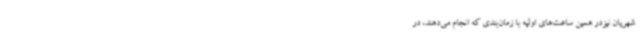
شهریان نیزدر همین ساعت‌های اولیه با زمان‌بندی که انجام می‌دهند، در